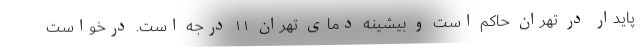
پایدار در تهران حاکم است و بیشینه دمای تهران ۱۱ درجه است. درخواست